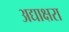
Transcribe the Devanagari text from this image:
अद्याक्षरा